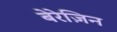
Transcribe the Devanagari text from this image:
बेरेज़िन